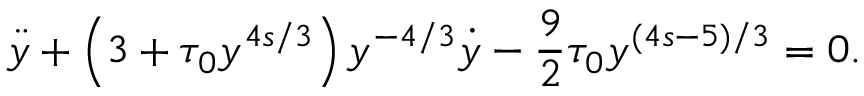
\ddot { y } + \left( 3 + \tau _ { 0 } y ^ { 4 s / 3 } \right) y ^ { - 4 / 3 } \dot { y } - \frac 9 2 \tau _ { 0 } y ^ { ( 4 s - 5 ) / 3 } = 0 .